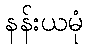
နန်းယမုံ